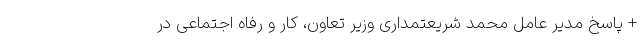
+ پاسخ مدیر عامل محمد شریعتمداری وزیر تعاون، کار و رفاه اجتماعی در